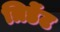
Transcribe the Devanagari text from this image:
त्रिडेंट